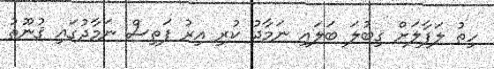
ހިތު ލަފާލަށް ޤިބުލަ ބަލައި ނަމާދު ކުރި އިރު ފަތިސް ނަމާދުގައި ޤުނޫތު